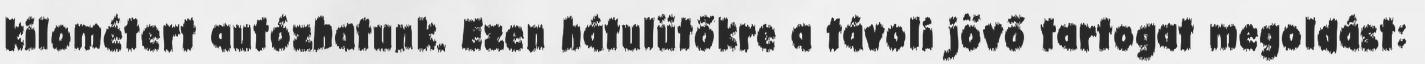
kilométert autózhatunk. Ezen hátulütőkre a távoli jövő tartogat megoldást: